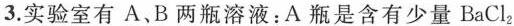
3.实验室有A、B两瓶溶液：A瓶是含有少量BaCl_{2}